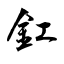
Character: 釭